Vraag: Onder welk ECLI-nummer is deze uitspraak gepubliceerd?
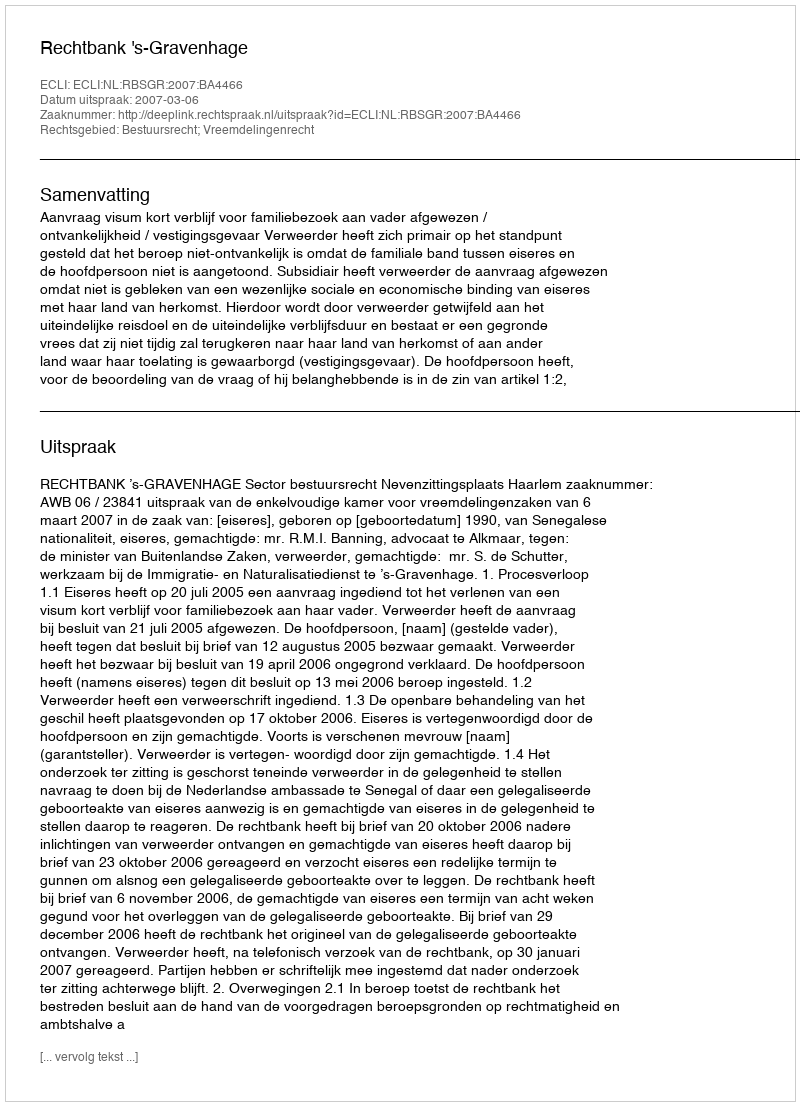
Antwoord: ECLI:NL:RBSGR:2007:BA4466